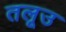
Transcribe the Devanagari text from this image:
तलूउ